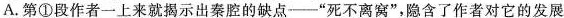
A.第①段作者一上来就揭示出秦腔的缺点一“死不离窝”隐含了作者对它的发展